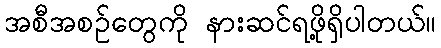
အစီအစဉ်တွေကို နားဆင်ရဖို့ရှိပါတယ်။